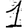
Digit: 1